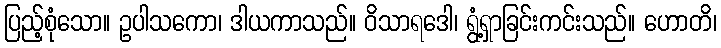
ပြည့်စုံသော။ ဥပါသကော၊ ဒါယကာသည်။ ဝိသာရဒေါ၊ ရွံ့ရှာခြင်းကင်းသည်။ ဟောတိ၊